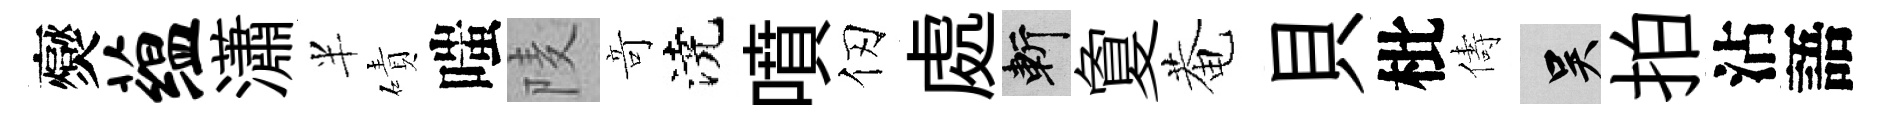
爕蕴瀟半磧嗤𨹧竒澆噴仞處斬夐菴貝枇儔吴拍沾語